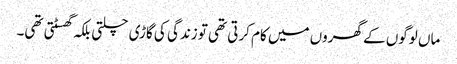
ماں لوگوں کے گھروں میں کام کرتی تھی تو زندگی کی گاڑی چلتی بلکہ گھسٹتی تھی۔